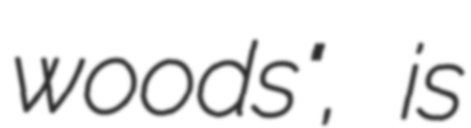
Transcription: woods", is